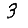
Digit: 3